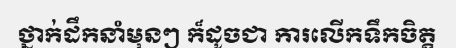
ថ្នាក់ដឹកនាំមុនៗ ក៏ដូចជា ការលើកទឹកចិត្ត